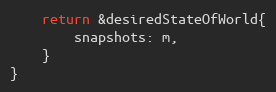
Language: Go
	return &desiredStateOfWorld{
		snapshots: m,
	}
}